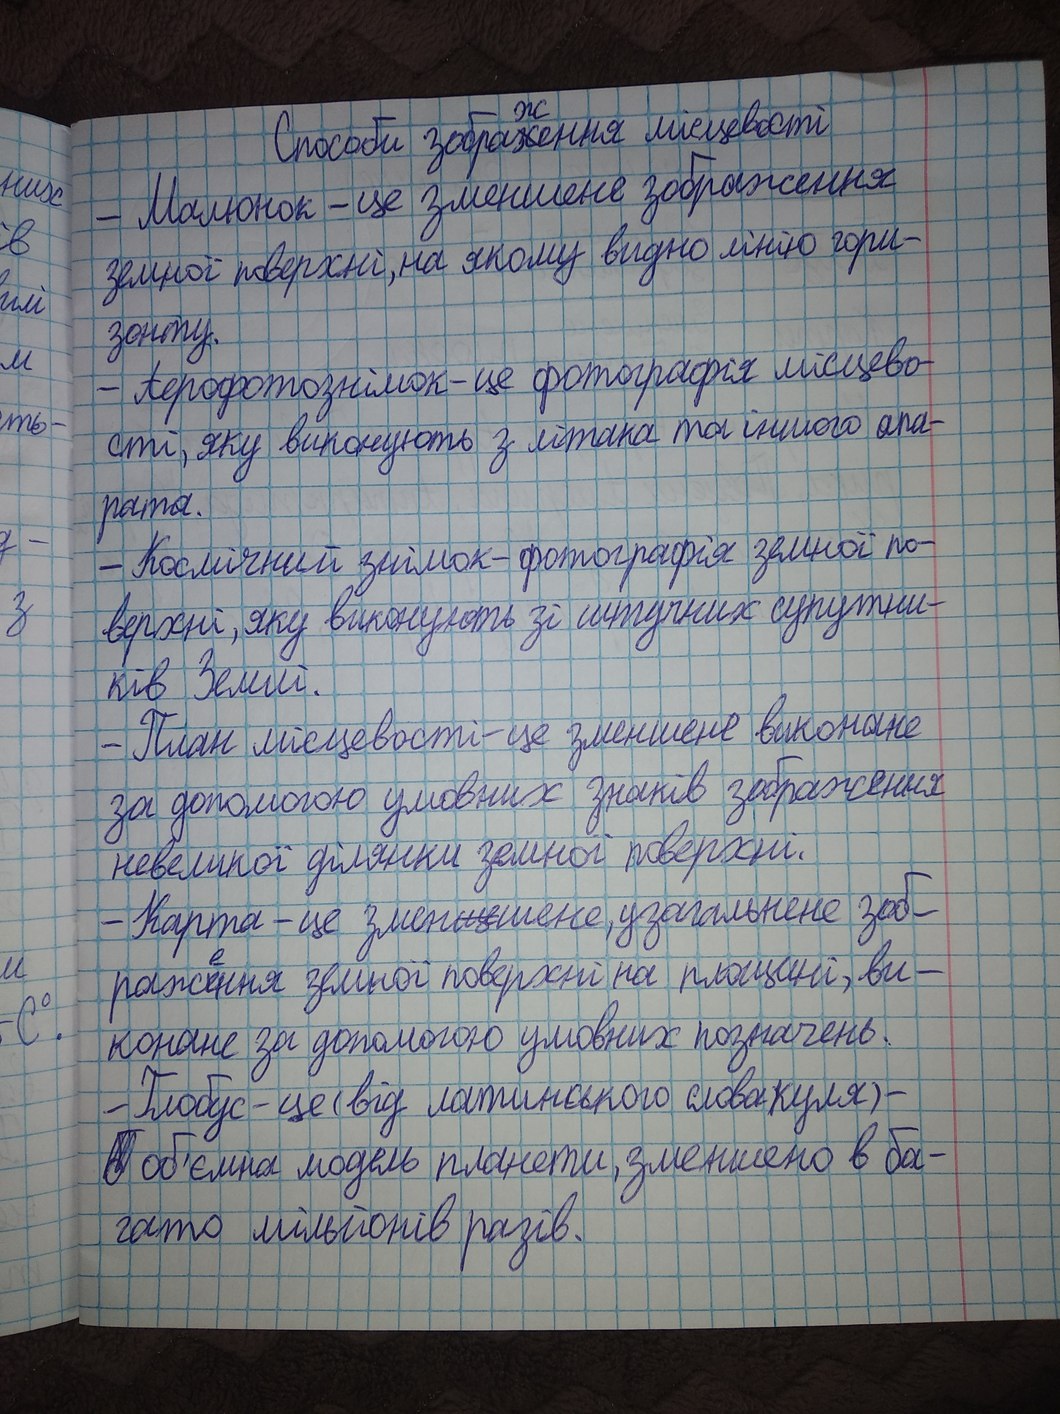
Способи зобра~~х~~{ж}ення місцевості
- Малюнок - це зменшене зображення
них
в
земної поверхні, на якому видно лінію гори-
илі
зонту
- Аерофотознімок - це фотографія місцево-
м
сті,яку виконують з літака та іншого апа-
ть-
рата.
- Космічний знімок-фотографія земної по-
з
верхні,яку виконують зі штучних супутни-
ків Землі.
- План місцевості-це зменшене виконане
за допомогою умовних знаків зображення
невеликої ділянки земної поверхні.
- Карта - це змен~~ще~~шене, узагальнене зоб-
раж~~и~~{е}ння земної поверхні на площині, ви-
м
-C°.
конане за допомогою умовних позначень.
- Глобус - це (від латинського словакуля) -
~~б~~об'ємна модель планети, зменшено в ба-
гато мільйонів разів.